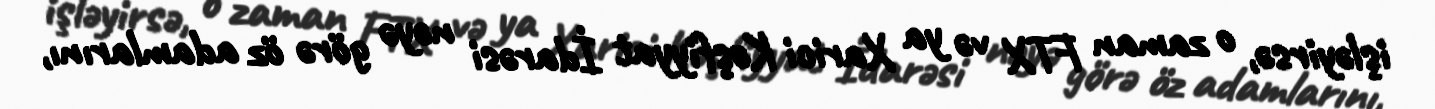
işləyirsə, o zaman FTX və ya Xarici Kəşfiyyat İdarəsi nəyə görə öz adamlarını,